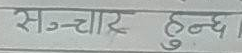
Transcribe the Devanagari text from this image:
सञ्चार हुन्छ